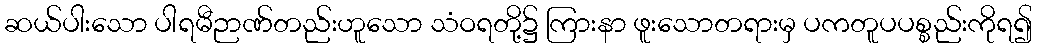
ဆယ်ပါးသော ပါရမီဉာဏ်တည်းဟူသော သံဝရတို့၌ ကြားနာ ဖူးသောတရားမှ ပကတူပပစ္စည်းကိုရ၍